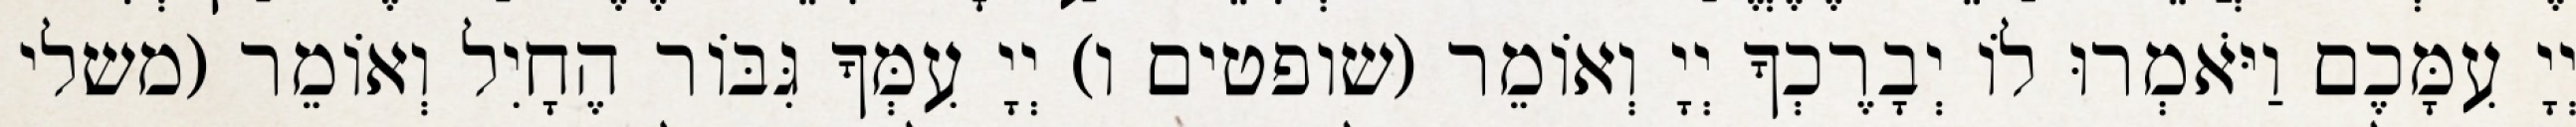
יְיָ עִמָּכֶם וַיֹּאמְרוּ לוֹ יְבָרֶכְךָ יְיָ וְאוֹמֵר (שופטים ו) יְיָ עִמְּךָ גִּבּוֹר הֶחָיִל וְאוֹמֵר (משלי